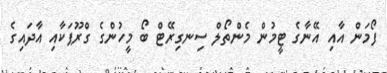
ފޯމަން އާއި އޭނާގެ ޓީމުން މެންތޯލް ސިނގިރޭޓް ބޯ މީހުންގެ ގްރޫޕަކާއި އާދައިގެ